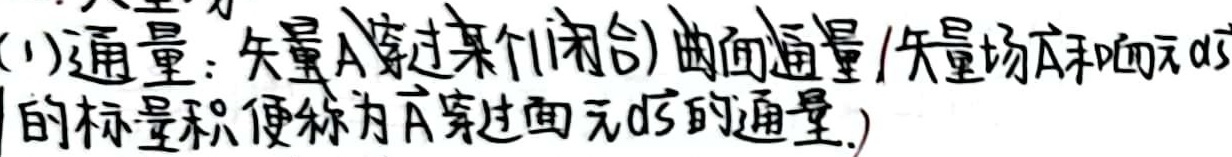
(1)通量：矢量$\vec{A}$穿过某个(闭合)曲面通量(矢量场$\vec{A}$和面元$d\vec{S}$的标量积便称为$\vec{A}$穿过面元$d\vec{S}$的通量.)